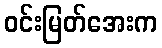
ဝင်းမြတ်အေးက